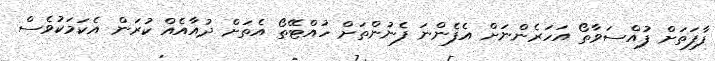
ފާފަތަށް ފުއްސަވާތޯ އަހަރެންނަށް އެފެންނަ ފެނުންތަށް ހުއްޓޭތޯ އެތަށް ދުއާއެއް ކުރަން އެކަމަކުވެސް